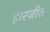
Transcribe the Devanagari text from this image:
हारजीत